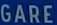
GARE